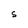
Character: S